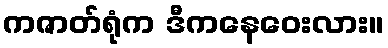
ကဇာတ်ရုံက ဒီကနေဝေးလား။